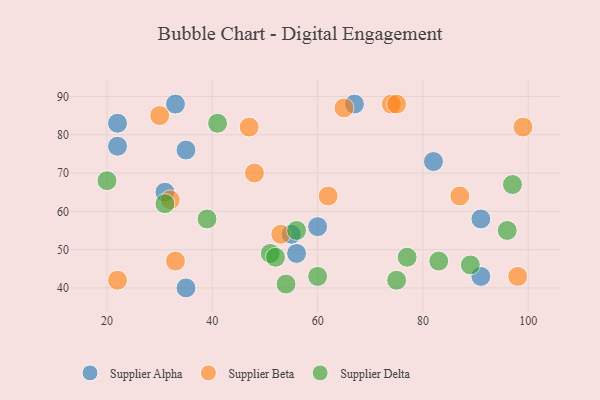
{"axis": {"x": "GDP", "y": "Life Expectancy"}, "legend": ["Supplier Alpha", "Supplier Beta", "Supplier Delta"], "data": [{"x": "91", "y": 58, "type": "Supplier Alpha"}, {"x": "56", "y": 49, "type": "Supplier Alpha"}, {"x": "60", "y": 56, "type": "Supplier Alpha"}, {"x": "31", "y": 65, "type": "Supplier Alpha"}, {"x": "33", "y": 88, "type": "Supplier Alpha"}, {"x": "55", "y": 54, "type": "Supplier Alpha"}, {"x": "35", "y": 40, "type": "Supplier Alpha"}, {"x": "82", "y": 73, "type": "Supplier Alpha"}, {"x": "91", "y": 43, "type": "Supplier Alpha"}, {"x": "35", "y": 76, "type": "Supplier Alpha"}, {"x": "67", "y": 88, "type": "Supplier Alpha"}, {"x": "22", "y": 77, "type": "Supplier Alpha"}, {"x": "22", "y": 83, "type": "Supplier Alpha"}, {"x": "48", "y": 70, "type": "Supplier Beta"}, {"x": "32", "y": 63, "type": "Supplier Beta"}, {"x": "30", "y": 85, "type": "Supplier Beta"}, {"x": "33", "y": 47, "type": "Supplier Beta"}, {"x": "53", "y": 54, "type": "Supplier Beta"}, {"x": "65", "y": 87, "type": "Supplier Beta"}, {"x": "62", "y": 64, "type": "Supplier Beta"}, {"x": "47", "y": 82, "type": "Supplier Beta"}, {"x": "87", "y": 64, "type": "Supplier Beta"}, {"x": "99", "y": 82, "type": "Supplier Beta"}, {"x": "22", "y": 42, "type": "Supplier Beta"}, {"x": "98", "y": 43, "type": "Supplier Beta"}, {"x": "74", "y": 88, "type": "Supplier Beta"}, {"x": "75", "y": 88, "type": "Supplier Beta"}, {"x": "97", "y": 67, "type": "Supplier Delta"}, {"x": "60", "y": 43, "type": "Supplier Delta"}, {"x": "77", "y": 48, "type": "Supplier Delta"}, {"x": "75", "y": 42, "type": "Supplier Delta"}, {"x": "41", "y": 83, "type": "Supplier Delta"}, {"x": "51", "y": 49, "type": "Supplier Delta"}, {"x": "54", "y": 41, "type": "Supplier Delta"}, {"x": "31", "y": 62, "type": "Supplier Delta"}, {"x": "89", "y": 46, "type": "Supplier Delta"}, {"x": "20", "y": 68, "type": "Supplier Delta"}, {"x": "56", "y": 55, "type": "Supplier Delta"}, {"x": "83", "y": 47, "type": "Supplier Delta"}, {"x": "96", "y": 55, "type": "Supplier Delta"}, {"x": "39", "y": 58, "type": "Supplier Delta"}, {"x": "52", "y": 48, "type": "Supplier Delta"}]}